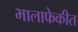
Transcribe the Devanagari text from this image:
भालाफेकीत